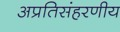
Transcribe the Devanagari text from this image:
अप्रतिसंहरणीय